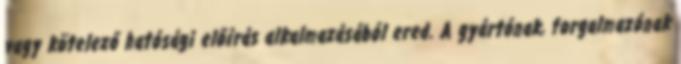
vagy kötelező hatósági előírás alkalmazásából ered. A gyártónak, forgalmazónak